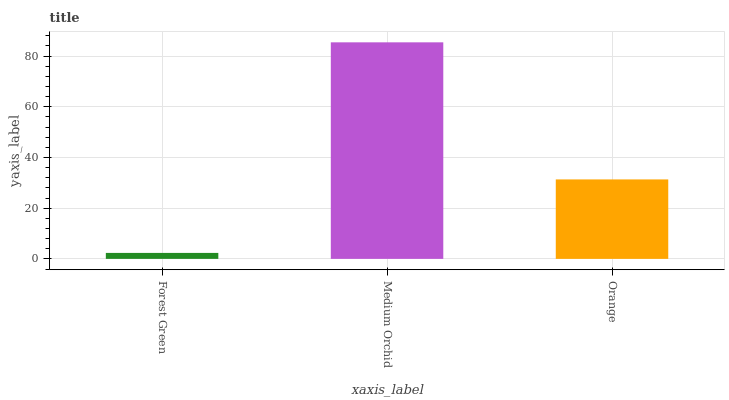
| xaxis_label | bars |
 | --- | --- |
 | Forest Green | 2.35 |
 | Medium Orchid | 85.4 |
 | Orange | 31.3 |